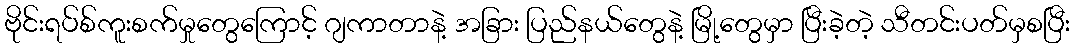
ဗိုင်းရပ်စ်ကူးစက်မှုတွေကြောင့် ဂျကာတာနဲ့ အခြား ပြည်နယ်တွေနဲ့ မြို့တွေမှာ ပြီးခဲ့တဲ့ သီတင်းပတ်မှစပြီး